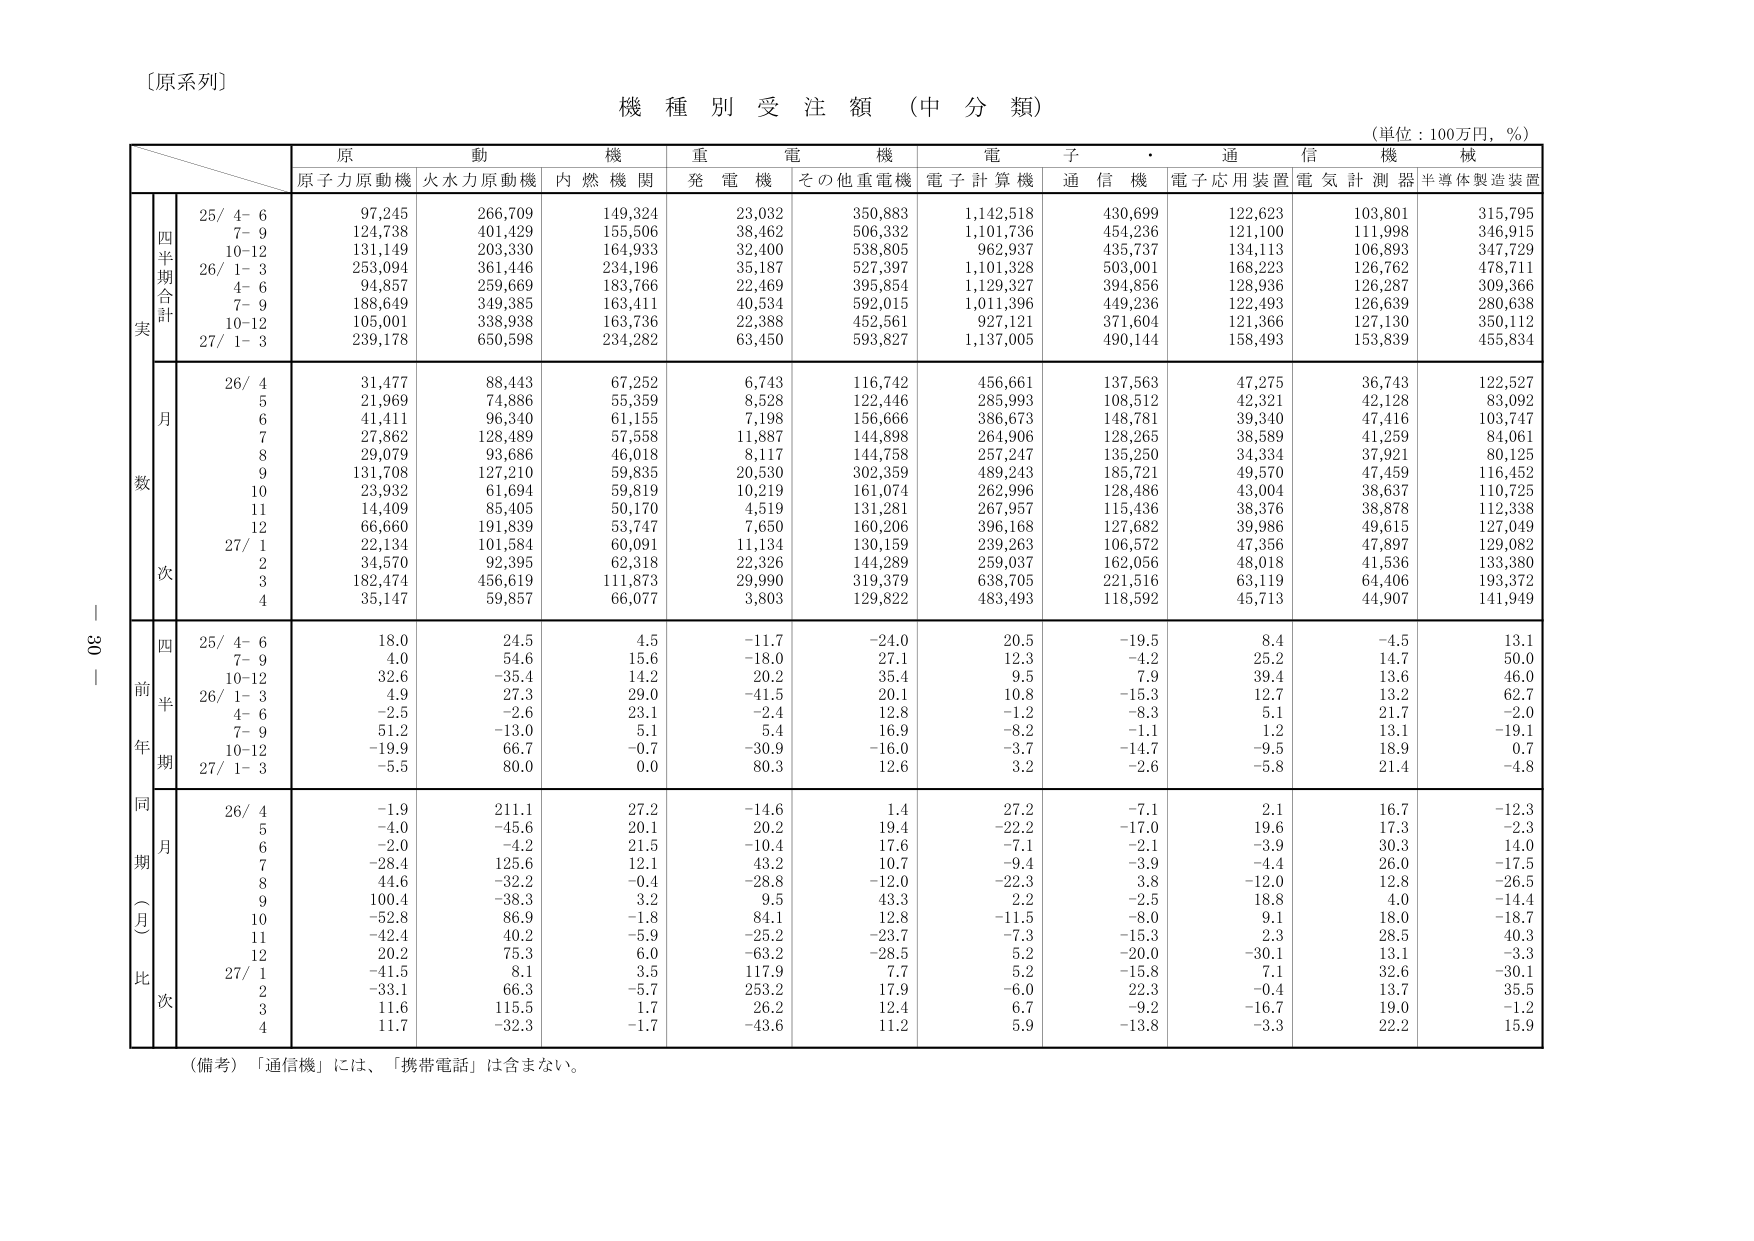
〔原系列〕

機種別受注額（中分類）
（単位：100万円，％）

原動機　重電機　電子・通信機　械
原子力原動機　火力力原動機　内燃機関　発電機　その他重電機　電子計算機　通信機　電子応用装置　電気計測器　半導体製造装置

四半期合計
実
25/ 4- 6　97,245　266,709　149,324　23,032　350,883　1,142,518　430,699　122,623　103,801　315,795
　7- 9　124,738　401,429　155,506　38,462　506,332　1,101,736　454,236　121,100　111,998　346,915
　10-12　131,149　203,330　164,933　32,400　538,805　962,937　435,737　134,113　106,893　347,729
26/ 1- 3　253,094　361,446　234,196　35,187　527,397　1,101,328　503,001　168,223　126,762　478,711
　4- 6　94,857　259,669　183,766　22,469　395,854　1,129,327　394,856　128,936　126,287　309,366
　7- 9　188,649　349,385　163,411　40,534　592,015　1,011,396　449,236　122,493　126,639　280,638
　10-12　105,001　338,938　163,736　22,388　452,561　927,121　371,604　121,366　127,130　350,112
27/ 1- 3　239,178　650,598　234,282　63,450　593,827　1,137,005　490,144　158,493　153,839　455,834

数
月
26/ 4　31,477　88,443　67,252　6,743　116,742　456,661　137,563　47,275　36,743　122,527
　5　21,969　74,886　55,359　8,528　122,446　285,993　108,512　42,321　42,128　83,092
　6　41,411　96,340　61,155　7,198　156,666　386,673　148,781　39,340　47,416　103,747
　7　27,862　128,489　57,558　11,887　144,898　264,906　128,265　38,589　41,259　84,061
　8　29,079　93,686　46,018　8,117　144,758　257,247　135,250　34,334　37,921　80,125
　9　131,708　127,210　59,835　20,530　302,359　489,243　185,721　49,570　47,459　116,452
　10　23,932　61,694　59,819　10,219　161,074　262,996　128,486　43,004　38,637　110,725
　11　14,409　85,405　50,170　4,519　131,281　267,957　115,436　38,376　38,878　112,338
　12　66,660　191,839　53,747　7,650　160,206　396,168　127,682　39,986　49,615　127,049
27/ 1　22,134　101,584　60,091　11,134　130,159　239,263　106,572　47,356　47,897　129,082
　2　34,570　92,395　62,318　22,326　144,289　259,037　162,056　48,018　41,536　133,380
　3　182,474　456,619　111,873　29,990　319,379　638,705　221,516　63,119　64,406　193,372
　4　35,147　59,857　66,077　3,803　129,822　483,493　118,592　45,713　44,907　141,949

前年同期
四半期
25/ 4- 6　18.0　24.5　4.5　-11.7　-24.0　20.5　-19.5　8.4　-4.5　13.1
　7- 9　4.0　54.6　15.6　-18.0　27.1　12.3　-4.2　25.2　14.7　50.0
　10-12　32.6　-35.4　14.2　20.2　35.4　9.5　7.9　39.4　13.6　46.0
26/ 1- 3　4.9　27.3　29.0　-41.5　20.1　10.8　-15.3　12.7　13.2　62.7
　4- 6　-2.5　-2.6　23.1　-2.4　12.8　-1.2　-8.3　5.1　21.7　-2.0
　7- 9　51.2　-13.0　5.1　5.4　16.9　-8.2　-1.1　1.2　13.1　-19.1
　10-12　-19.9　66.7　-0.7　-30.9　-16.0　-3.7　-14.7　-9.5　18.9　0.7
27/ 1- 3　-5.5　80.0　0.0　80.3　12.6　3.2　-2.6　-5.8　21.4　-4.8

同期（月）比
月
26/ 4　-1.9　211.1　27.2　-14.6　1.4　27.2　-7.1　2.1　16.7　-12.3
　5　-4.0　-45.6　20.1　20.2　19.4　-22.2　-17.0　19.6　17.3　-2.3
　6　-2.0　-4.2　21.5　-10.4　17.6　-7.1　-2.1　-3.9　30.3　14.0
　7　-28.4　125.6　12.1　43.2　10.7　-9.4　-3.9　-4.4　26.0　-17.5
　8　44.6　-32.2　-0.4　-28.8　-12.0　-22.3　3.8　-12.0　12.8　-26.5
　9　100.4　-38.3　3.2　9.5　43.3　2.2　-2.5　18.8　4.0　-14.4
　10　-52.8　86.9　-1.8　84.1　12.8　-11.5　-8.0　9.1　18.0　-18.7
　11　-42.4　40.2　-5.9　-25.2　-23.7　-7.3　-15.3　2.3　28.5　40.3
　12　20.2　75.3　6.0　-63.2　-28.5　5.2　-20.0　-30.1　13.1　-3.3
27/ 1　-41.5　8.1　3.5　117.9　7.7　5.2　-15.8　7.1　32.6　-30.1
　2　-33.1　66.3　-5.7　253.2　17.9　-6.0　22.3　-0.4　13.7　35.5
　3　11.6　115.5　1.7　26.2　12.4　6.7　-9.2　-16.7　19.0　-1.2
　4　11.7　-32.3　-1.7　-43.6　11.2　5.9　-13.8　-3.3　22.2　15.9

（備考）「通信機」には、「携帯電話」は含まない。